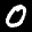
Label: 0